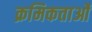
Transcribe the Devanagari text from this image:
क्रमिकताओं